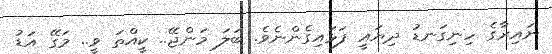
ނައިރާގެ ހިނިގަނޑު ދިޔައީ ފަޅައިގެންނެވެ. ބަލަ މަންޖޭ.. ކީއްތަ ވީ.. މަގޭ އަޑު